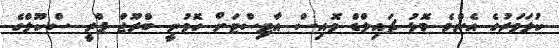
ކުލަވަރުގެ އެންމެ މޮޅު ޗައިލްޑް ވޮއިސް އާޓިސްޓަށް ހޮވުނީ ބްރޫޖް ޕްރީ ސްކޫލްގެ